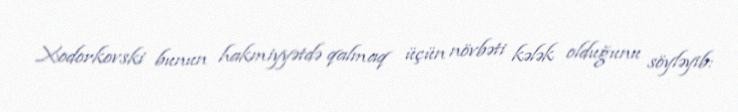
Xodorkovski bunun hakmiyyətdə qalmaq üçün növbəti kələk olduğunu söyləyib: